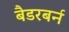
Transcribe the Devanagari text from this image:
बैडरबर्न